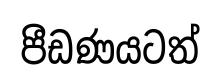
පීඩණයටත්